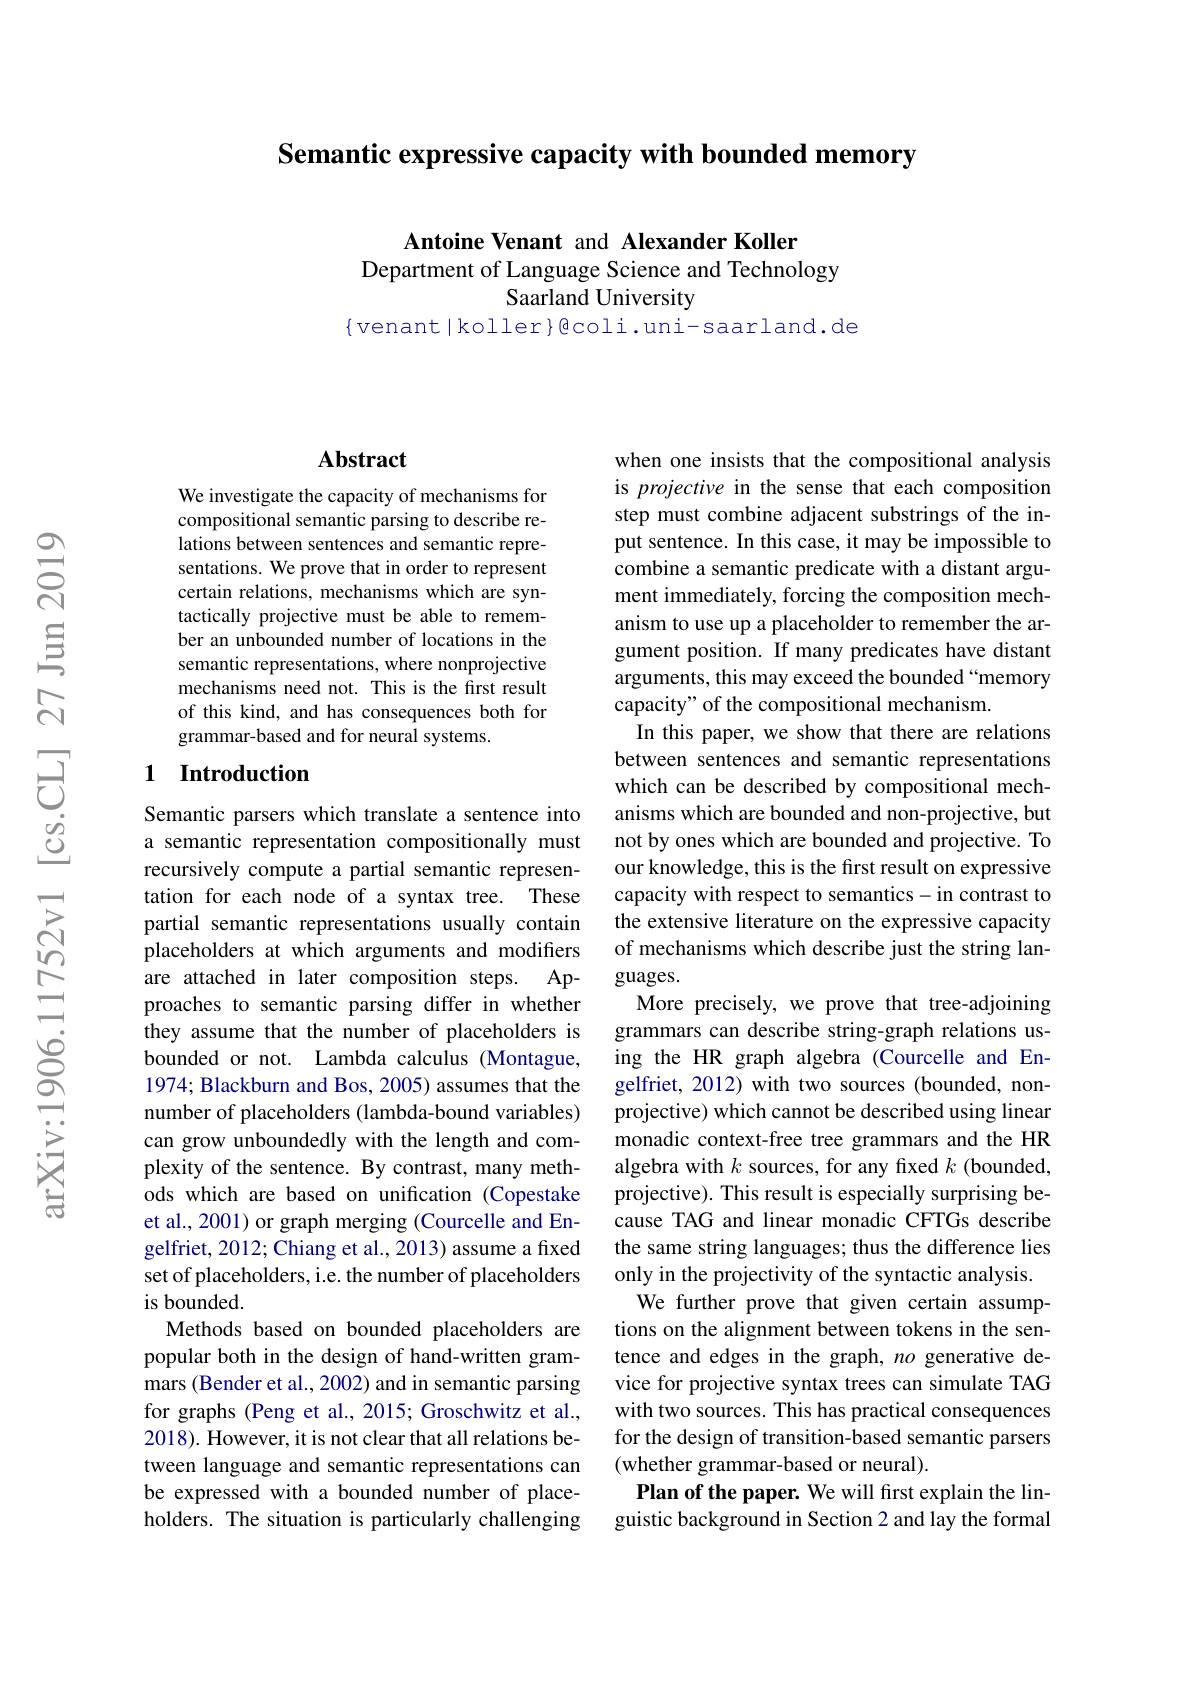
Semantic expressive capacity with bounded memory

Antoine Venant and Alexander Koller
Department of Language Science and Technology
## Saarland University

$\{$venant|koller}gcoli.uni-saarland.de

### Abstract

We investigate the capacity of mechanisms for compositional semantic parsing to describe relations between sentences and semantic representations. We prove that in order to represent certain relations, mechanisms which are syntactically projective must be able to remember an unbounded number of locations in the semantic representations, where nonprojective mechanisms need not. This is the first result of this kind, and has consequences both for grammar-based and for neural systems.

### 1 Introduction

Semantic parsers which translate a sentence into a semantic representation compositionally must recursively compute a partial semantic representation for each node of a syntax tree. These partial semantic representations usually contain placeholders at which arguments and modifiers are attached in later composition steps. Approaches to semantic parsing differ in whether they assume that the number of placeholders is bounded or not. Lambda calculus (Montague, 1974; Blackburn and Bos, 2005) assumes that the number of placeholders (lambda-bound variables) can grow unboundedly with the length and complexity of the sentence. By contrast, many methods which are based on unification (Copestake et al., 2001) or graph merging (Courcelle and Engelfriet, 2012; Chiang et al., 2013) assume a fixed set of placeholders, i.e. the number of placeholders is bounded.
Methods based on bounded placeholders are popular both in the design of hand-written grammars (Bender et al., 2002) and in semantic parsing for graphs (Peng et al., 2015; Groschwitz et al., 2018). However, it is not clear that all relations between language and semantic representations can be expressed with a bounded number of placeholders. The situation is particularly challenging

when one insists that the compositional analysis is projective in the sense that each composition step must combine adjacent substrings of the input sentence. In this case, it may be impossible to combine a semantic predicate with a distant argument immediately, forcing the composition mechanism to use up a placeholder to remember the argument position. If many predicates have distant arguments, this may exceed the bounded “memory capacity" of the compositional mechanism.
In this paper, we show that there are relations between sentences and semantic representations which can be described by compositional mechanisms which are bounded and non-projective, but not by ones which are bounded and projective. To our knowledge, this is the first result on expressive capacity with respect to semantics-in contrast to the extensive literature on the expressive capacity of mechanisms which describe just the string languages.
More precisely, we prove that tree-adjoining grammars can describe string-graph relations using the HR graph algebra (Courcelle and Engelfriet, 2012) with two sources (bounded, nonprojective) which cannot be described using linear monadic context-free tree grammars and the HR algebra with $k$ sources, for any fixed $k$ (bounded projective). This result is especially surprising because TAG and linear monadic CFTGs describe the same string languages; thus the difference lies only in the projectivity of the syntactic analysis. We further prove that given certain assumptions on the alignment between tokens in the sentence and edges in the graph, no generative device for projective syntax trees can simulate TAG with two sources. This has practical consequences for the design of transition-based semantic parsers (whether grammar-based or neural).
Plan of the paper. We will frst explain the linguistic background in Section 2 and lay the formal